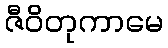
ဇီဝိတုကာမေ